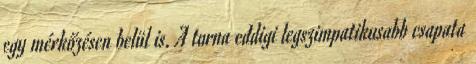
egy mérkőzésen belül is. A torna eddigi legszimpatikusabb csapata